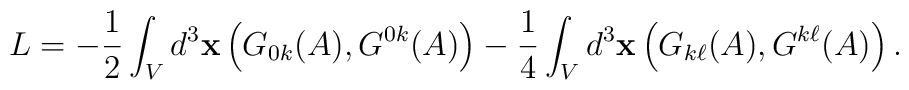
L = -\frac{1}{2} \int_{V} d^{3} {\bf x}\left (G_{0k}(A), G^{0k}(A) \right ) - \frac{1}{4} \int_{V} d^{3} {\bf x}\left (G_{k\ell}(A), G^{k\ell}(A) \right ).